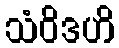
သံဝိဒဟိ